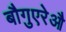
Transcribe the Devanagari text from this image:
बौगुएरेऔ